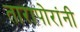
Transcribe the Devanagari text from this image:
तारापोरांनी